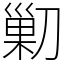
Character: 𠞰